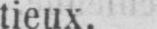
tieux.